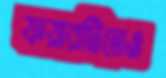
ফয়ারটিতেও